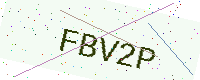
Text: FBV2P